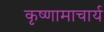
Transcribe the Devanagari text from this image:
कृष्णामाचार्य